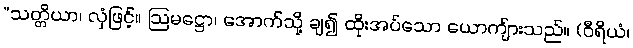
“သတ္တိယာ၊ လှံဖြင့်။ ဩမဋ္ဌော၊ အောက်သို့ ချ၍ ထိုးအပ်သော ယောကျ်ားသည်။ (ဝီရိယံ၊